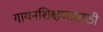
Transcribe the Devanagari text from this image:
गायनशिक्षणासाठी